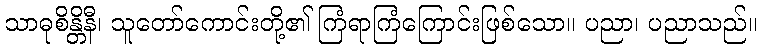
သာဓုစိန္တိနီ၊ သူတော်ကောင်းတို့၏ ကြံရာကြံကြောင်းဖြစ်သော။ ပညာ၊ ပညာသည်။